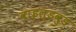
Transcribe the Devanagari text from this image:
वाइल्डवुड